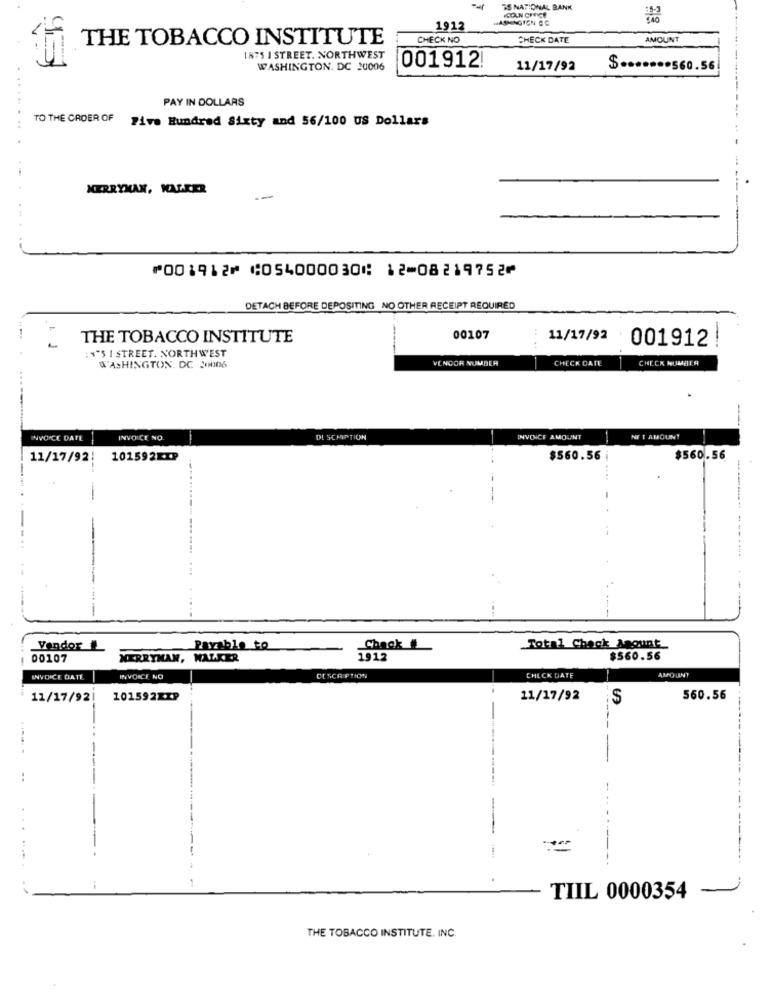
-
TS NATIONAL BANK
COLN CHRICE
WASHINGTON CO
1912
THE TOBACCO INSTITUTE
CHECK NO
CHECK DATE
AMOUNT
1875 I STREET. NORTHWEST
WASHINGTON. DC 20006
001912!
11/17/92
$ ....... 560.56
PAY IN DOLLARS
TO THE CROER OF
Five Hundred Sixty and 56/100 US Dollars
.........
MERRYMAN, MALKER
--
⑈001912⑈ ⑆054000030⑆ 12⑉08219752⑈
DETACH BEFORE DEPOSITING NO OTHER RECEIPT REQUIRED
THE TOBACCO INSTITUTE
00107
11/17/92
001912
---
: ""5 I STREET. NORTHWEST
VENDOR NUMBER
CHECK DATE
CHECK NUMOTS
WASHINGTON, DC 20006
INVOICE DATE
INVOICE NO
DI SCHIPTION
INVOICE AMOUNT
NET AMOUNT
11/17/92!
101592EIP
$560.56
$560.56
-.....
---
...
Vendor
Pavable to
Chack
Total Chack Amount
00107
MERRYHAN, WALKER
112
$560.56
INVOICE DATE
INVOICE NO
DESCRIPTION
CHECK DATE
AMOUNT
11/17/92
101592KIP
11/17/92
560.56
-
-
TIIL 0000354
THE TOBACCO INSTITUTE, INC.